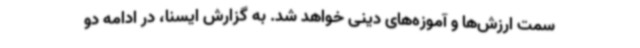
سمت ارزش‌ها و آموزه‌های دینی خواهد شد. به گزارش ایسنا، در ادامه دو